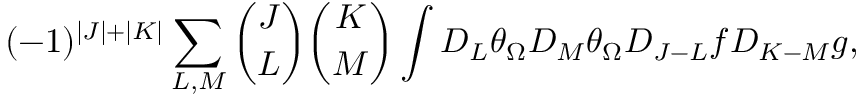
( - 1 ) ^ { | J | + | K | } \sum _ { L , M } { \binom { J } { L } } { \binom { K } { M } } \int D _ { L } \theta _ { \Omega } D _ { M } \theta _ { \Omega } D _ { J - L } f D _ { K - M } g ,